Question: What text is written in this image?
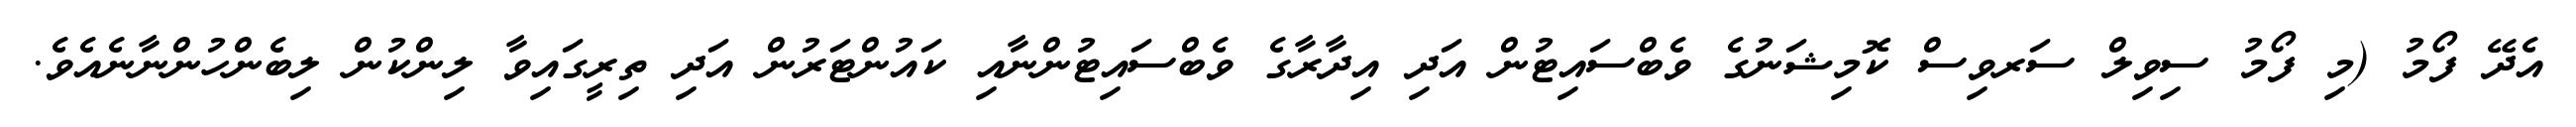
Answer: އެދޭ ފޯމު (މި ފޯމު ސިވިލް ސަރވިސް ކޮމިޝަނުގެ ވެބްސައިޓުން އަދި އިދާރާގެ ވެބްސައިޓުންނާއި ކައުންޓަރުން އަދި ތިރީގައިވާ ލިންކުން ލިބެންހުންނާނެއެވެ.